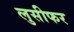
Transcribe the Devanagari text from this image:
लुसीफर